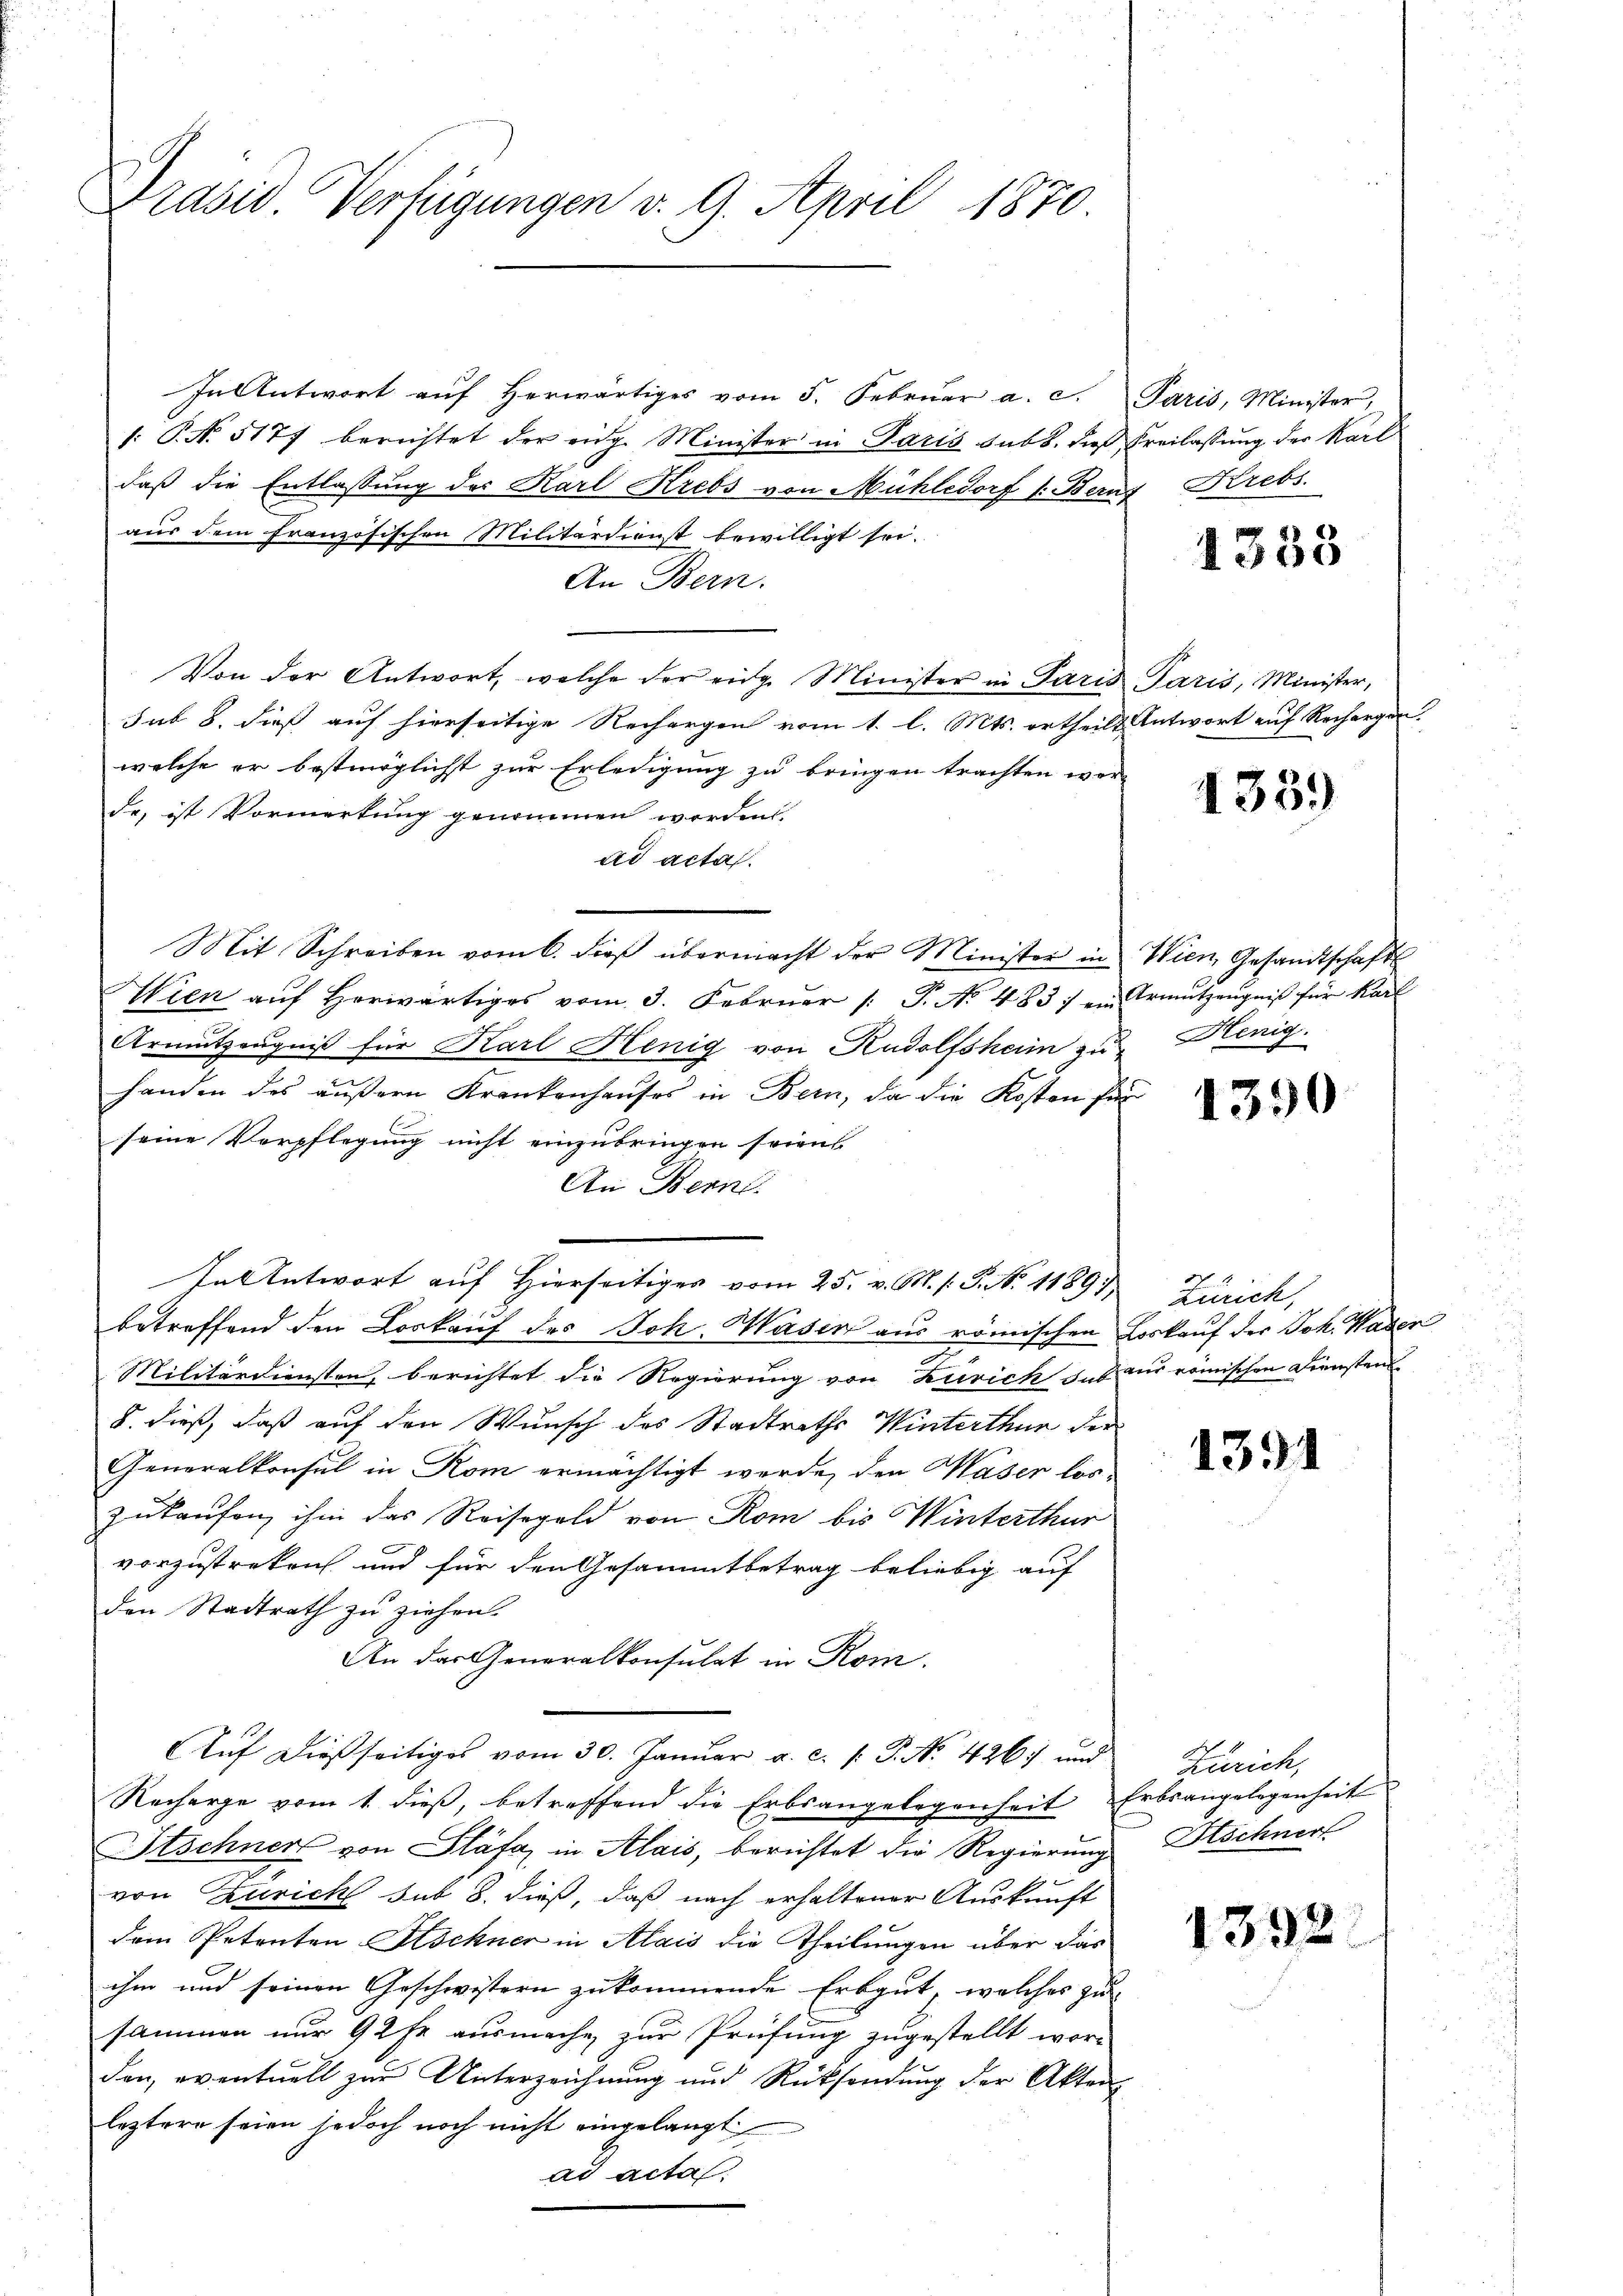
Präsid. Verfügungen v. 9. April 1870.

In Antwort auf herwärtiges vom 5. Februar a. c. Paris, Minister,
/: P. N. 5177 berichtet der eidg. Minister in Paris subt, dieß Freilassung der Karl
daß die Entlassung des Karl Krebs von Mühledorf v. Bern Krebs
aus dem französischen Militärdienst bewilligt sei.
An Bern.
Von der Antwort, welche der eidg. Minister in Paris Paris, Minister,
sub 8. dieß auf hierseitige Rechargen vom 1. l. Mts. ertheilt Antwort auf Rechargen.
welche er bestmöglicht zur Erledigung zu bringen trachten wer-
de, ist Vormerkung genommen worden.
ad acta.
Mit Schreiben vom 6. dieβ übermacht der Minister in Wien, Gesandtschafts
Wien aŭf herwärtiges vom 3. Febrŭar /: P. No 483 / ein Ermŭtzeŭgniβ für Karl
Armutzeugniß für Karl Henig von Rudolfsheim zu Nenig.
handen des äußern Krankenhauses in Bern, da die Kosten für
C
seine Verpflegung nicht einzubringen seien
An Bern.
In Antwort auf Hierseitiges vom 25. v. M. s. S. N. 11891 Zürich,
betreffend den Vorkauf des Joh. Hasen aus römischen Loskauf der Joh. Hader
Militärdiensten, berichtet die Regierung von Zürich das aus römischen Diensten
8. dieß, daß auf den Wunsch des Stadtraths Winterthur der
Generalkonsul in Rom ermächtigt werde, den Kaser los-
zukaufen ihm das Reisegeld von Rom bis Winterthur
vorzustreken und für den Gesammtbetrag beliebig auf
den Stadtrath zu ziehen.
An das Generalkonsulat in Rom.
AAŭf dießseitiges vom 30. Janŭar a. c. /: P. No. 426. und
Recharge vom 1. dieß, betreffend die Erbsangelegenheit Erbsangelegenheit
Stschner von Stäfa, in Alais, berichtet die Regierung Stschner
von Zürich sub 8. dieß, daß nach erhaltener Auskunft
dem Petenten Aschner in Alais die Theilungen über das
ihm und seinen Geschwistern zukommende Erbgut, welches zu
sammen nur 92 fr. ausmache zur Prüfung zugestellt wor-
den, eventuell zur Unterzeichnung und Rücksendung der Akten
leztere seien jedoch noch nicht eingelangt
ad acta

1338

1339)

1390

1391

Zürich,

1392.